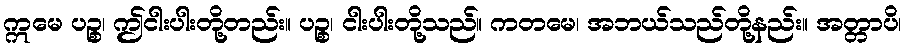
ဣမေ ပဉ္စ၊ ဤငါးပါးတို့တည်း။ ပဉ္စ၊ ငါးပါးတို့သည်။ ကတမေ၊ အဘယ်သည်တို့နည်း။ အတ္တာပိ၊